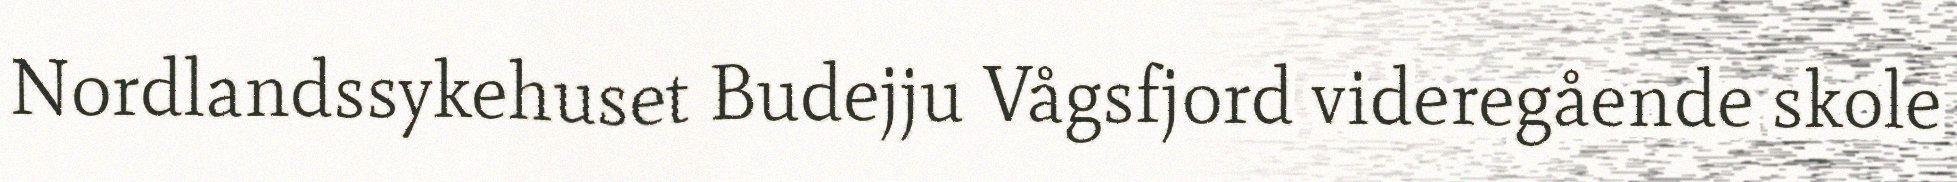
Nordlandssykehuset Budejju Vågsfjord videregående skole